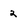
Character: 2